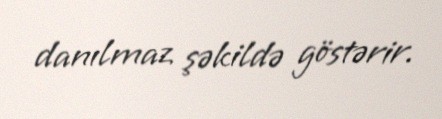
danılmaz şəkildə göstərir.